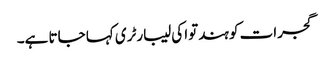
گجرات کو ہندتوا کی لیبارٹری کہا جاتا ہے۔